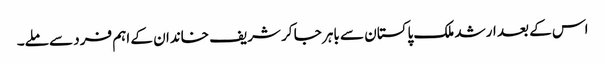
اس کے بعد ارشد ملک پاکستان سے باہر جا کر شریف خاندان کے اہم فرد سے ملے۔